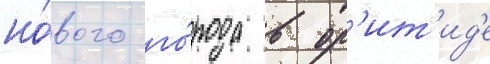
но́вого го́рода в ор'ит'ид'е